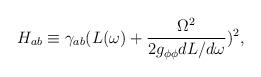
LaTeX: \begin{align*}H_{ab}\equiv\gamma_{ab}(L(\omega)+\frac{\Omega^2}{2g_{\phi\phi}dL/d\omega})^2,\end{align*}